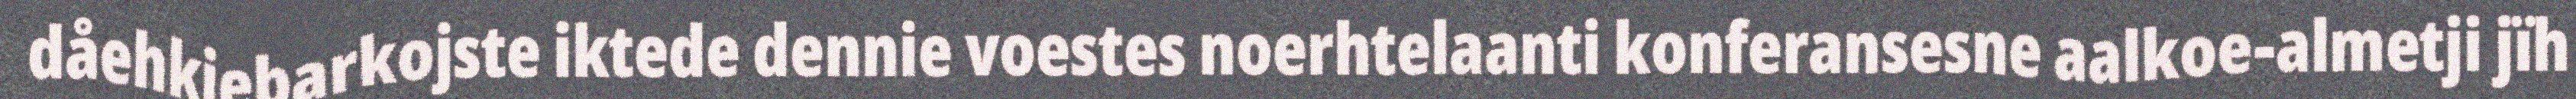
dåehkiebarkojste iktede dennie voestes noerhtelaanti konferansesne aalkoe-almetji jïh